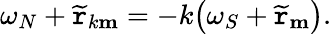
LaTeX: \omega_{N}+\widetilde{\mathtt{r}}_{k\mathbf{m}}=-k\big(\omega_{S}+\widetilde{\mathtt{r}}_{\mathbf{m}}\big).